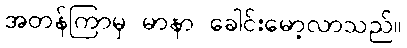
အတန်ကြာမှ မာနာ ခေါင်းမော့လာသည်။